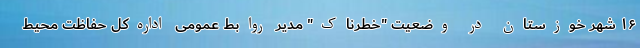
۱۶ شهر خوزستان در وضعیت "خطرناک" مدیر روابط عمومی اداره‌کل حفاظت محیط